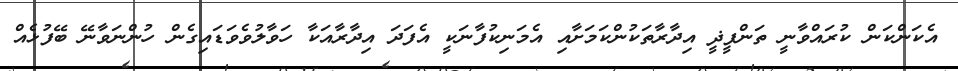
އެކަންކަން ކުރައްވާނީ ތަންފީޛީ އިދާރާތަކުންކަމަށާއި އެމަނިކުފާނަކީ އެފަދަ އިދާރާއަކާ ހަވާލުވެވަޑައިގެން ހުންނަވާނޭ ބޭފުޅެއް